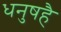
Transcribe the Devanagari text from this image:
धनुषहै